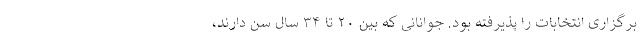
برگزاری انتخابات را پذیرفته بود. جوانانی که بین ۲۰ تا ۳۴ سال سن دارند،